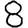
Digit: 8